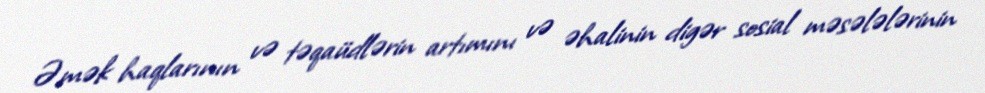
Əmək haqlarının və təqaüdlərin artımını və əhalinin digər sosial məsələlərinin